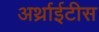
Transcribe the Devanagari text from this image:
अर्थ्राईटीस